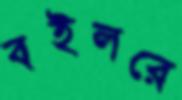
বইলরে